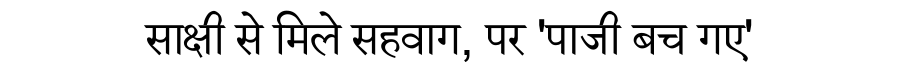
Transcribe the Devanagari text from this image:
साक्षी से मिले सहवाग, पर 'पाजी बच गए'